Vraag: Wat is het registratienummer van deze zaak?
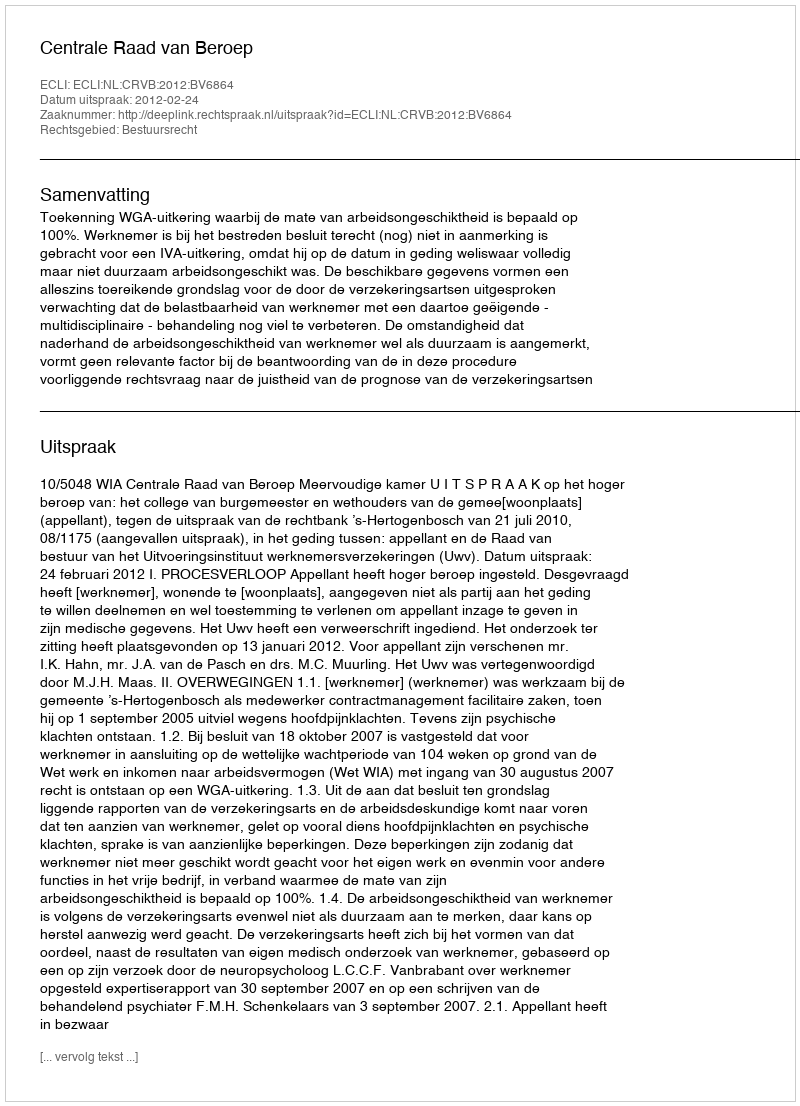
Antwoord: http://deeplink.rechtspraak.nl/uitspraak?id=ECLI:NL:CRVB:2012:BV6864